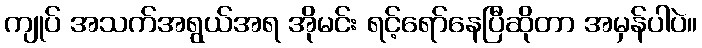
ကျုပ် အသက်အရွယ်အရ အိုမင်း ရင့်ရော်နေပြီဆိုတာ အမှန်ပါပဲ။